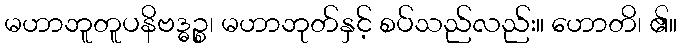
မဟာဘူတူပနိဗဒ္ဓဉ္စ၊ မဟာဘုတ်နှင့် စပ်သည်လည်း။ ဟောတိ၊ ၏။